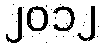
၂၀၁၂